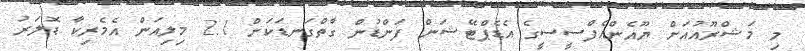
މި މަޝްރޫއުއަށް ޔޫއެންއެފްސީސީގެ އެޑެޕްޓޭޝަން ފަންޑުން ގާތްގަނޑަކަށް 2.1 މިލިއަން އެމެރިކާ ޑޮލަރު